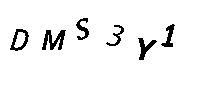
DMS3Y1